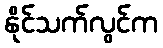
နိုင်သက်လွင်က